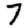
Digit: 7